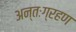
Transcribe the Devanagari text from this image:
अन्तःग्रहण